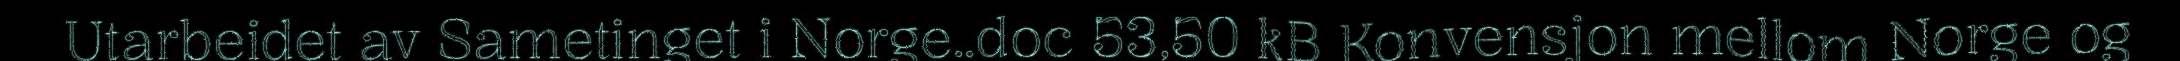
Utarbeidet av Sametinget i Norge..doc 53,50 kB Konvensjon mellom Norge og